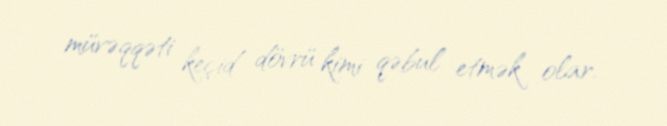
müvəqqəti keçid dövrü kimi qəbul etmək olar.